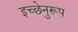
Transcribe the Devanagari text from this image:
इच्छेनुरूप